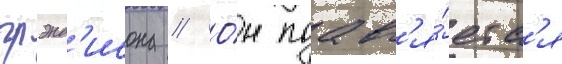
грэнд'исона // О́н поавл'я́етс'я